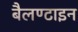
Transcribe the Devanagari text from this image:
बैलण्टाइन